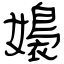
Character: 嬝